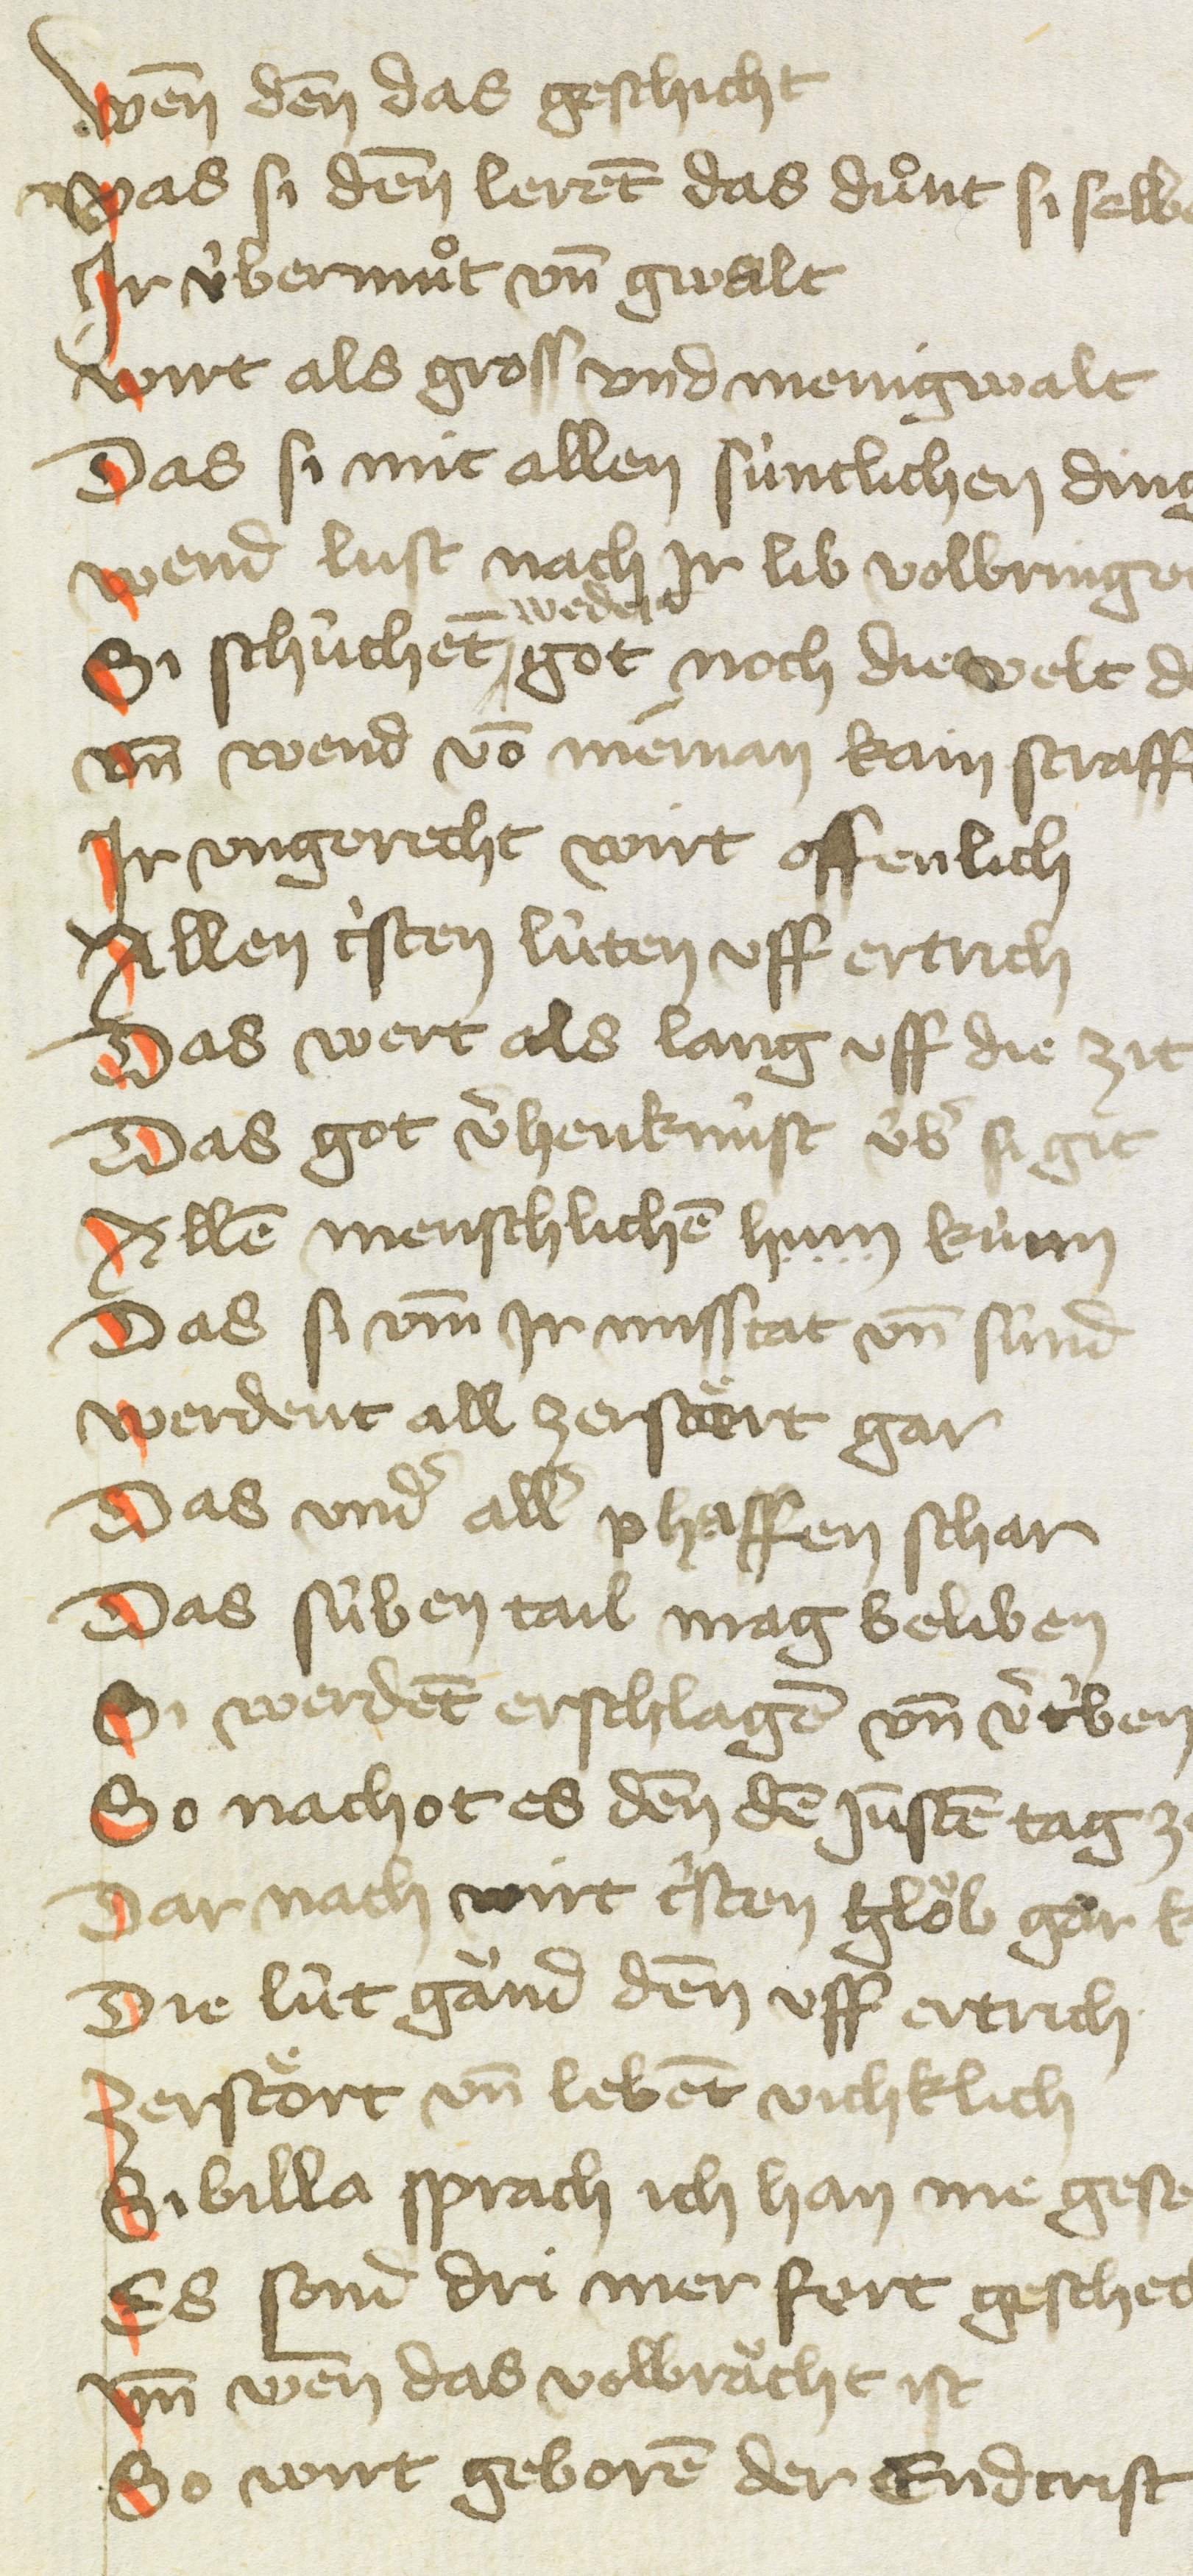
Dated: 1430–1430